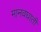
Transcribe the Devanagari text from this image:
मानवघाती